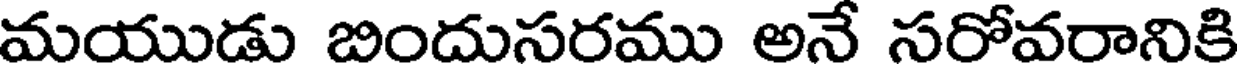
మయుడు బిందుసరము అనే సరోవరానికి